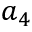
a _ { 4 }